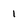
Character: 1